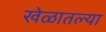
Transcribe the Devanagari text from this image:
खेळातल्या